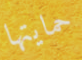
حمايتها